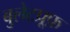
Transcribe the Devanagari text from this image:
बुलेटप्रूफ़